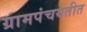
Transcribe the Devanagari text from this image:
ग्रामपंचयतीत